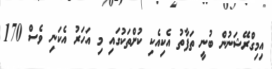
އިމިގްރޭޝަނުން ބުނީ ތަފާތު އެކިއެކި ކުށްތަކުގައި މި އަހަރު އެކަނި ވެސް 170